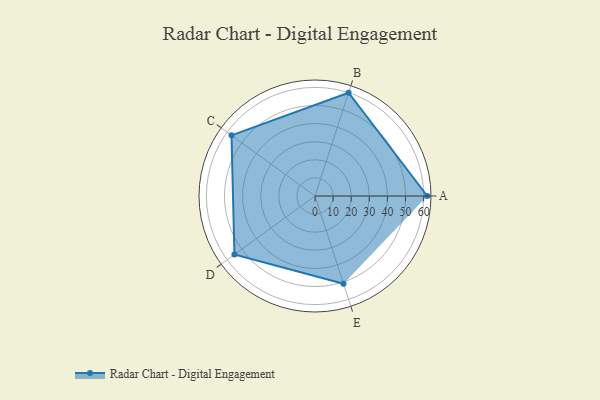
{"axis": {"x": "Skill", "y": "Score"}, "legend": ["Profile"], "data": [{"x": "A", "y": 62.0, "type": "Profile"}, {"x": "B", "y": 60.0, "type": "Profile"}, {"x": "C", "y": 57.0, "type": "Profile"}, {"x": "D", "y": 55.0, "type": "Profile"}, {"x": "E", "y": 51.0, "type": "Profile"}]}